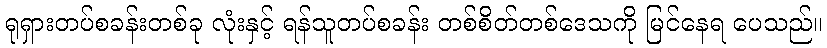
ရုရှားတပ်စခန်းတစ်ခု လုံးနှင့် ရန်သူတပ်စခန်း တစ်စိတ်တစ်ဒေသကို မြင်နေရ ပေသည်။